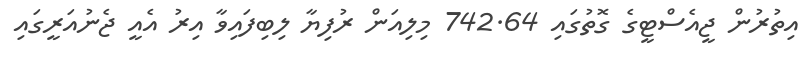
އިތުރުން ޖީއެސްޓީގެ ގޮތުގައި 742.64 މިލިއަން ރުފިޔާ ލިބިފައިވާ އިރު އެއީ ޖެނުއަރީގައި